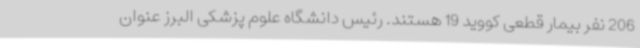
206 نفر بیمار قطعی کووید 19 هستند. رئیس دانشگاه علوم پزشکی البرز عنوان